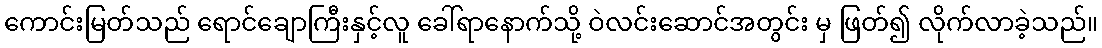
ကောင်းမြတ်သည် ရောင်ချောကြီးနှင့်လူ ခေါ်ရာနောက်သို့ ဝဲလင်းဆောင်အတွင်း မှ ဖြတ်၍ လိုက်လာခဲ့သည်။